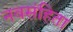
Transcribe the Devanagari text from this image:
नवसंहिता